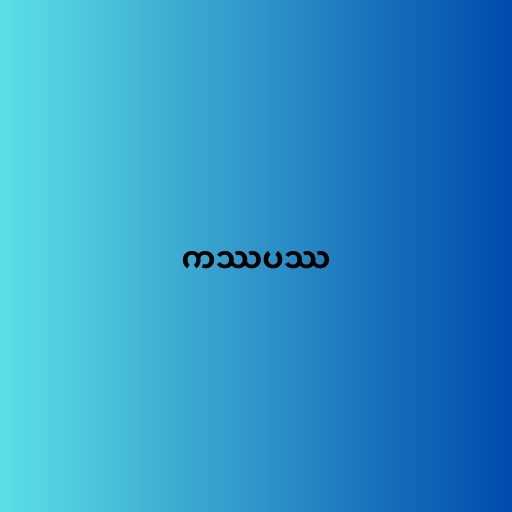
ကဿပဿ